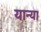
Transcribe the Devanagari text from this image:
यान्या